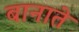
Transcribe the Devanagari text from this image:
बानाते